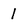
Character: 1